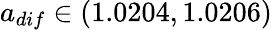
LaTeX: a_{dif}\in(1.0204,1.0206)